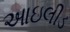
આઇલીડ